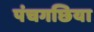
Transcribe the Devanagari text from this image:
पंचगछिया